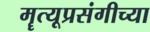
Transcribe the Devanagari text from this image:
मॄत्यूप्रसंगीच्या